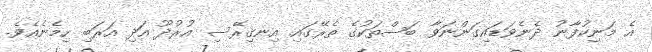
އެ މަނިކުފާނު ދެނެވަޑައިގަންނަވާ ބަސްތަކުގެ ތެރޭގައި އިނގިރޭސި އުރުދޫ އަދި އަރަބި ހިމެނެއެވެ.